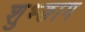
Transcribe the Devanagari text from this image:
शुभ्ङाग